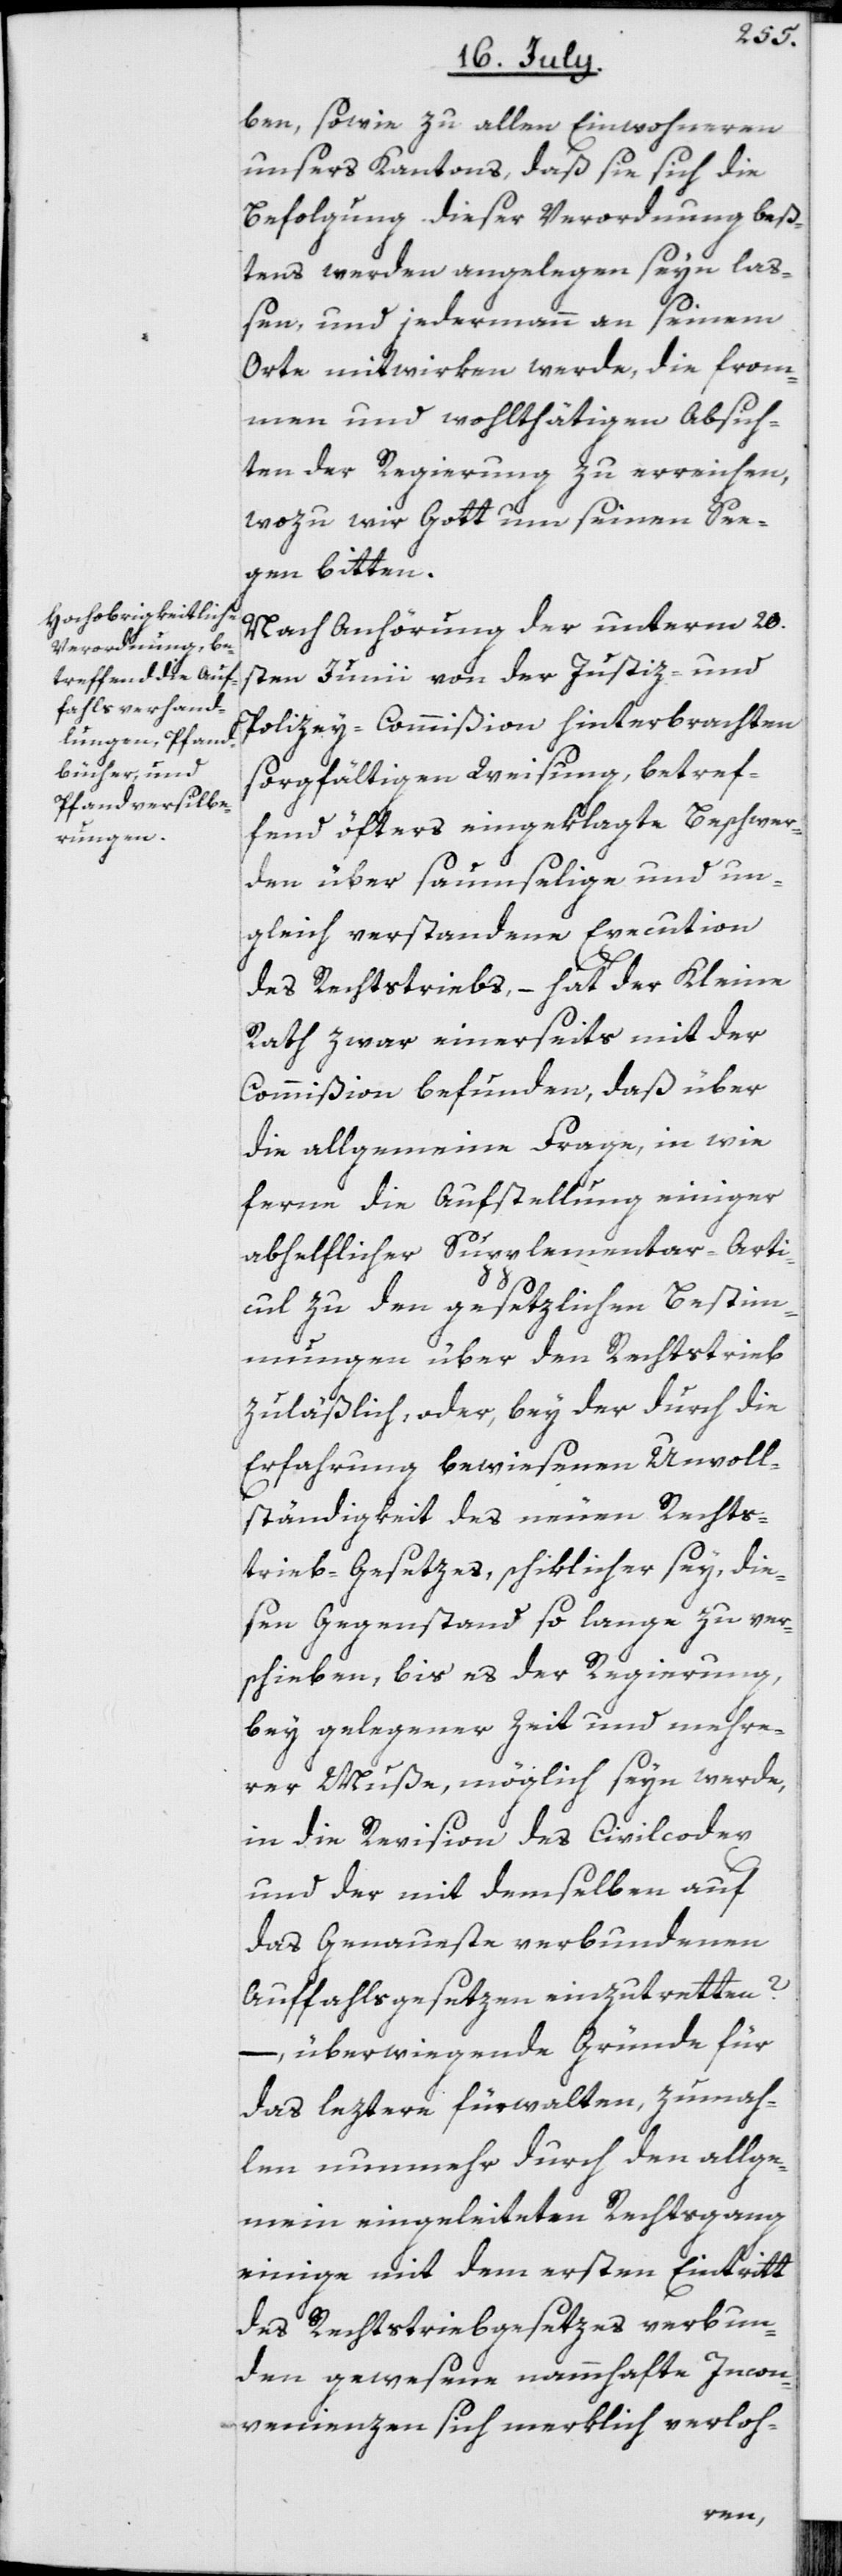
ben, sowie zu allen Einwohneren
unsers Kantons, daß sie sich die
Befolgung dieser Verordnung beß¬
tens werden angelegen seyn laß¬
en, und jedermann an seinem
Orte mitwirken werde, die from¬
men und wohlthätigen Absich¬
ten der Regierung zu erreichen,
wozu wir Gott um seinen See¬
gen bitten.
Nach Anhörung der unterm 20.s¬
ten Junii von der Justiz- und
Polizey-Commißion hinterbrachten
sorgfältigen Weisung, betref¬
fend öfters eingeklagte Beschwer¬
den über saumselige und un¬
gleich verstandene Execution
des Rechtstriebs, – hat der Kleine
Rath zwar einerseits mit der
Commißion befunden, daß über
die allgemeine Frage, in wie
ferne die Aufstellung einiger
abhelflicher Supplementar-Arti¬
cul zu den gesetzlichen Bestim¬
mungen über den Rechtstrieb
zuläßlich, oder, bey der durch die
Erfahrung bewiesenen Unvoll¬
ständigkeit des neuen Rechts¬
trieb-Gesetzes, schiklicher sey, die¬
sen Gegenstand so lange zu ver¬
schieben, bis es der Regierung,
bey gelegener Zeit und mehre¬
rer Muße, möglich seyn werde,
in die Revision des Civilcodex
und der mit demselben auf
das Genaueste verbundenen
Auffahlsgesetzen einzutretten?
–, überwiegende Gründe für
das leztere fürwalten, zumah¬
len nunmehr durch den allge¬
mein eingeleiteten Rechtsgang
einige mit dem ersten Eintritt
des Rechtstriebgesetzes verbun¬
den gewesene nammhafte Incon¬
venienzen sich merklich verloh-